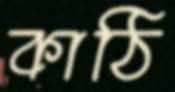
কাঠি